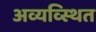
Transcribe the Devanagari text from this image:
अव्यव्स्थित